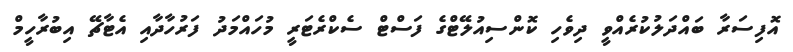
އޮފިސަރާ ބައްދަލުކުރެއްވީ ދިވެހި ކޮންސިއުލޭޓްގެ ފަސްޓް ސެކްރެޓަރީ މުހައްމަދު ފަރުހާދާއި އެޓާޗޭ އިބުރާހީމް